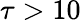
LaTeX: \tau>10